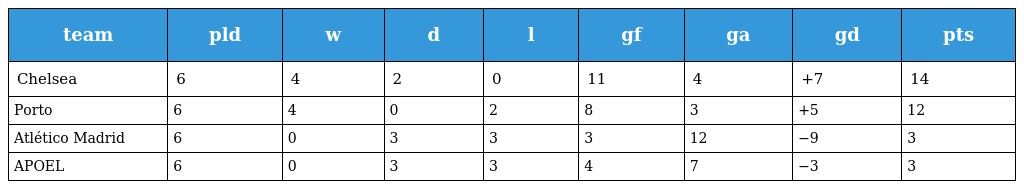
| team | pld | w | d | l | gf | ga | gd | pts |
 | --- | --- | --- | --- | --- | --- | --- | --- | --- |
 | Chelsea | 6 | 4 | 2 | 0 | 11 | 4 | +7 | 14 |
 | Porto | 6 | 4 | 0 | 2 | 8 | 3 | +5 | 12 |
 | Atlético Madrid | 6 | 0 | 3 | 3 | 3 | 12 | −9 | 3 |
 | APOEL | 6 | 0 | 3 | 3 | 4 | 7 | −3 | 3 |